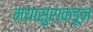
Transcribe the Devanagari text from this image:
मयासुराकडून